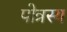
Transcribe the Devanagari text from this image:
पोत्रस्य